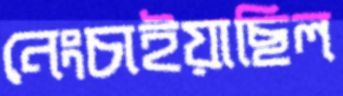
নেংচাইয়াছিল